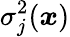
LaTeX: \sigma_{j}^{2}(\boldsymbol{x})